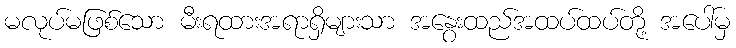
မလုပ်မဖြစ်သော မီးရထားအရာရှိများသာ အနွေးထည်အထပ်ထပ်တို့ အပေါ်မှ